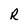
Character: R